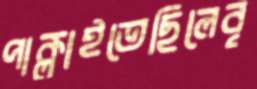
পাক্‌লাইতেছিলেবৃ